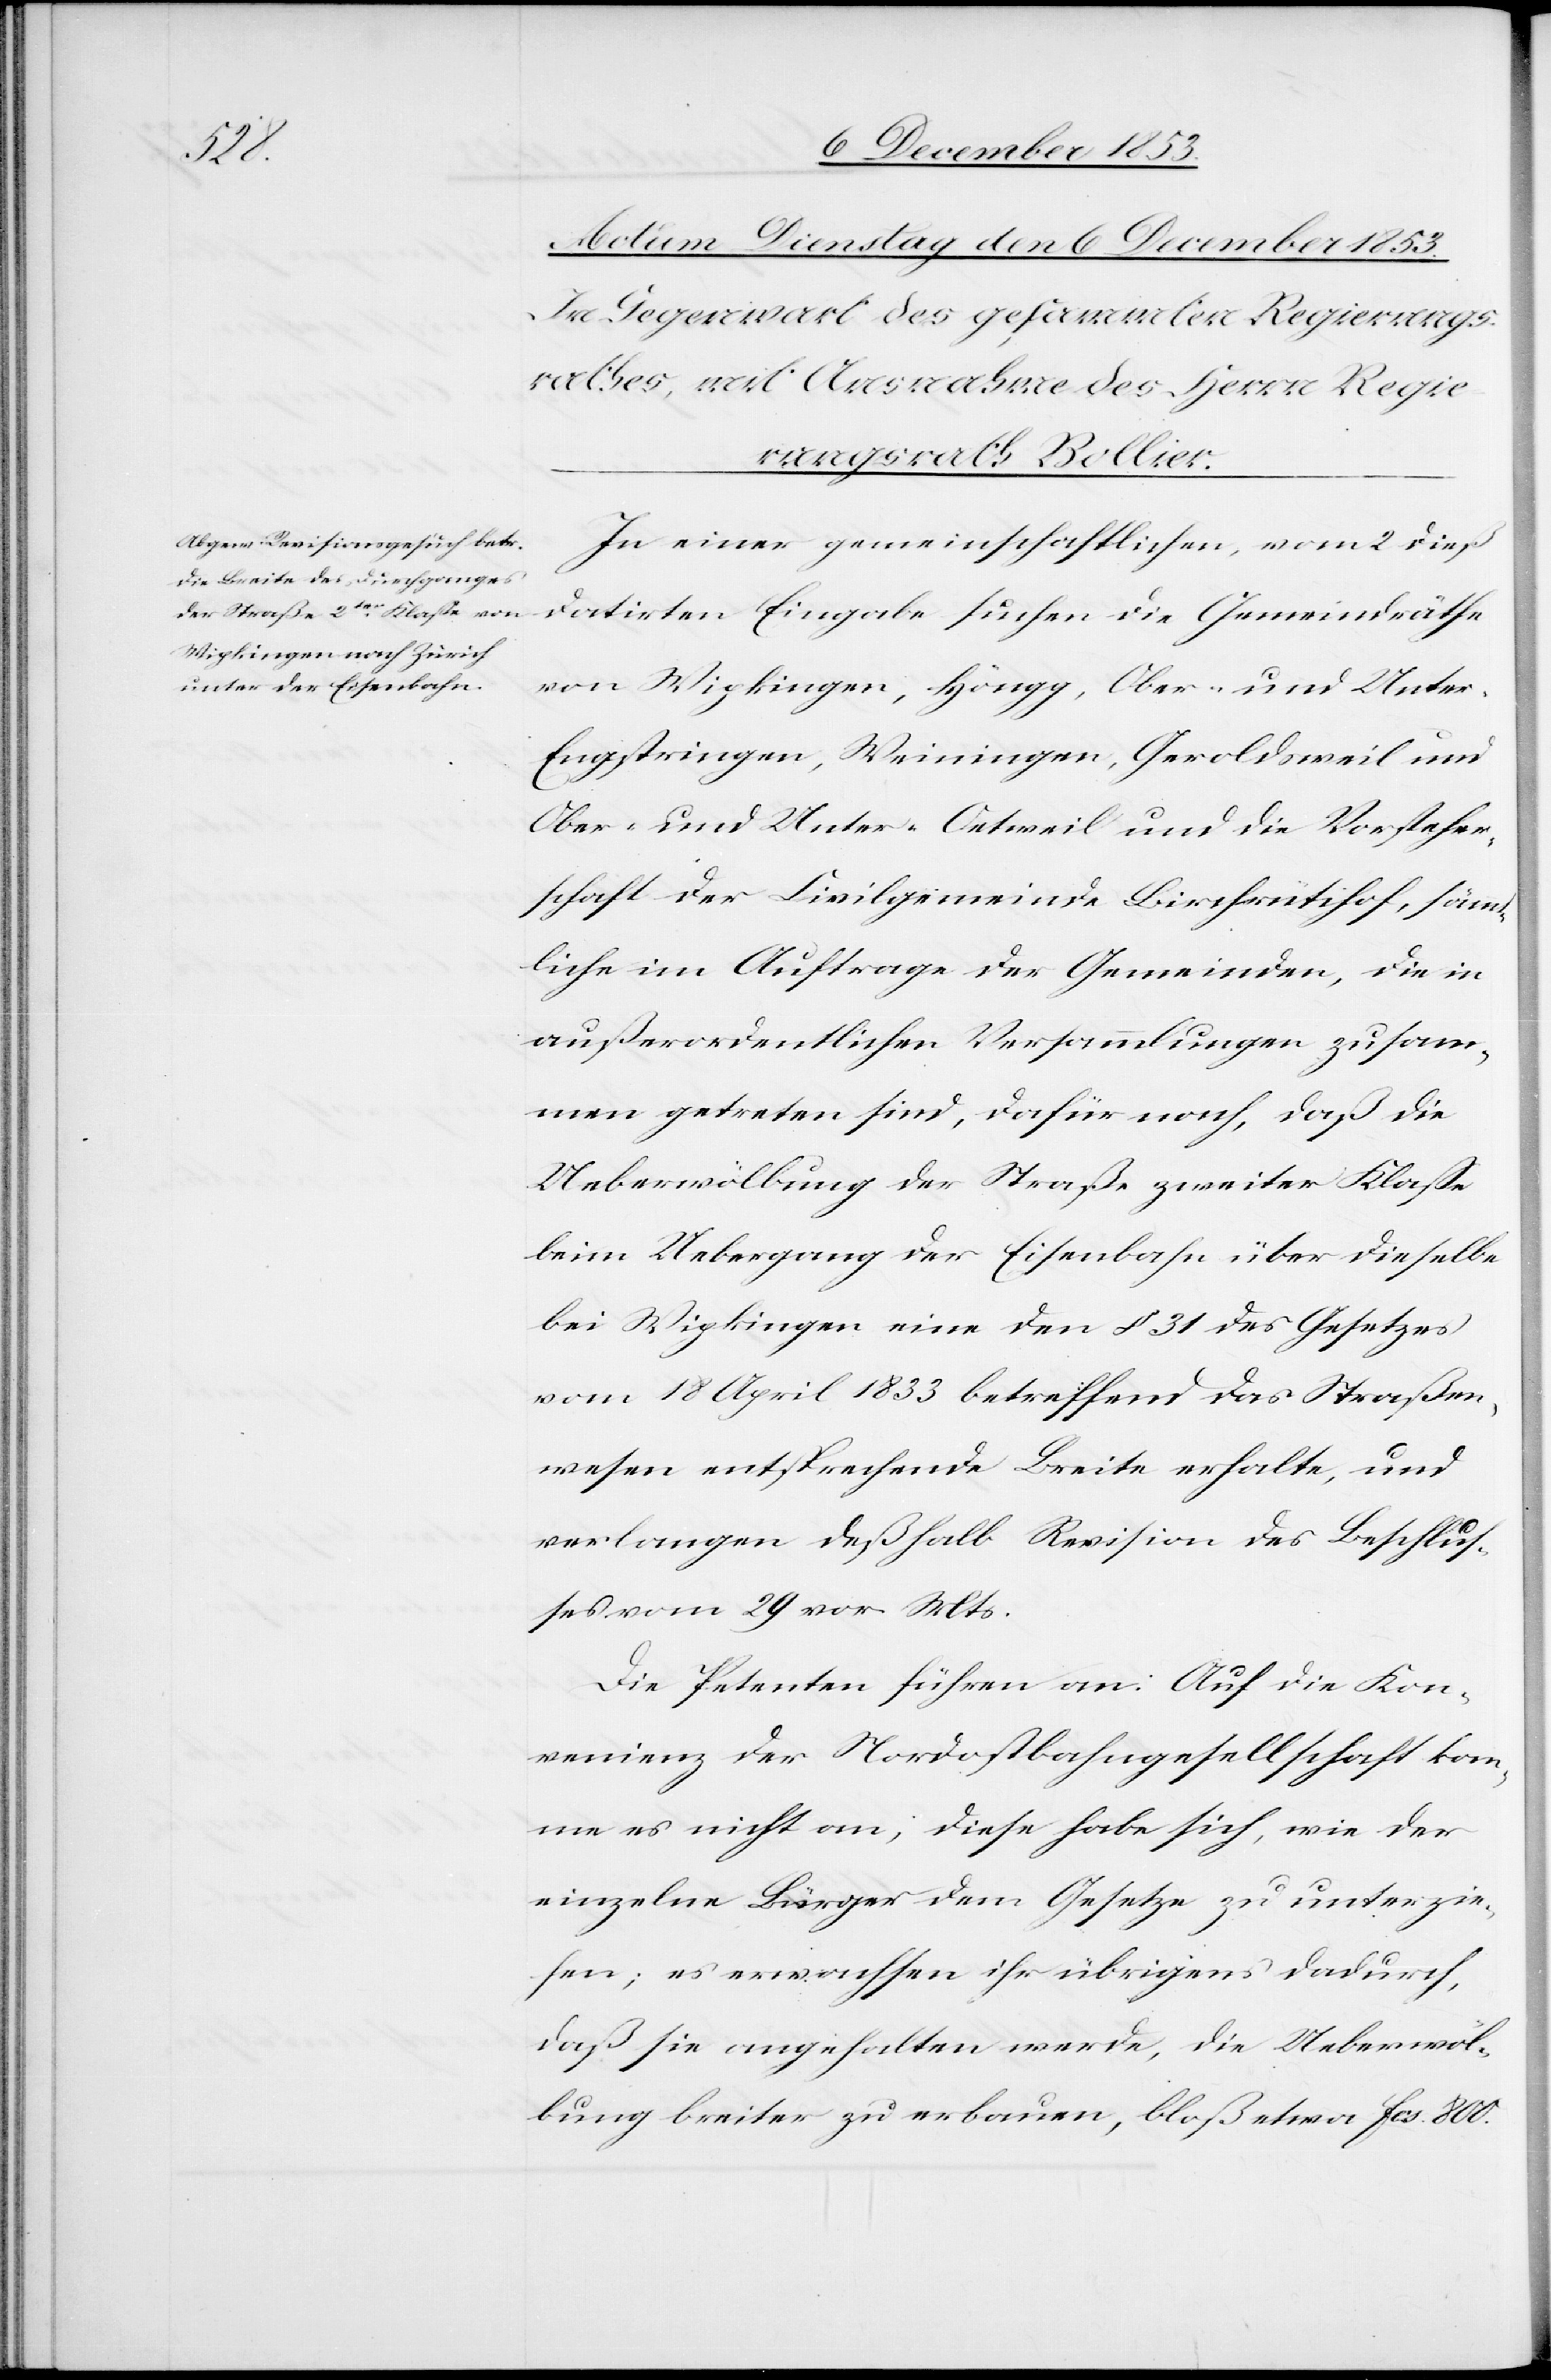
unterzie¬

In einer gemeinschaftlichen, vom 2 dieß
datirten Eingabe suchen die Gemeindräthe
von Wipkingen, Höngg, Ober- und Unte¬
r-Engstringen, Weiningen, Geroldsweil und
Ober- und Unter-Oetweil und die Vorsteher¬
schaft der Civilgemeinde Birchrütihof, sämm¬
tliche im Auftrage der Gemeinden, die in
außerordentlichen Versammlungen zusam¬
men getreten sind, dafür nach, daß die
Ueberbewölbung der Straße zweiter Klaße
beim Uebergang der Eisenbahn über dieselbe
bei Wipkingen eine den § 31 des Gesetzes
vom 18 April 1833 betreffend das Straßen¬
wesen entsprechende Breite erhalten, und
verlangen deßhalb Revision des Beschluß¬
es vom 29 vor. Mts.
Die Petenten führen an: Auf die Kon¬
venienz der Nordostbahngesellschaft kom¬
me es nicht an; diese habe sich, wie der
hen; es verwachsen ihr übrigens dadurch,
daß sie angehalten werde, die Ueberbewöl¬
bung breiter zu erbauen, bloß etwa fcs. 800.